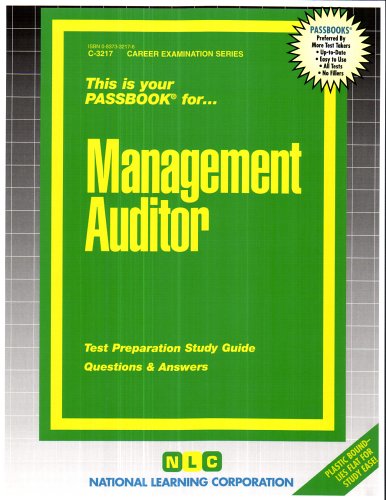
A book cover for Management Auditor(Passbooks) (Career Examination); Jack Rudman; Test Preparation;